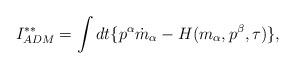
LaTeX: \begin{align*}I^{\ast\ast}_{ADM}=\int dt \{p^{\alpha}\dot{m}_{\alpha}-H(m_{\alpha}, p^{\beta},\tau)\},\end{align*}